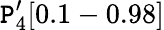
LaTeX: \mathtt{P}_{4}^{\prime}[0.1-0.98]